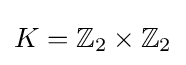
K=\mathbb {Z} _{2}\times \mathbb {Z} _{2}